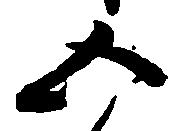
五